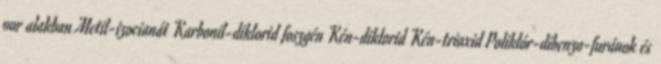
por alakban Metil-izocianát Karbonil-diklorid foszgén Kén-diklorid Kén-trioxid Poliklór-dibenzo-furánok és